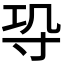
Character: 𭔫